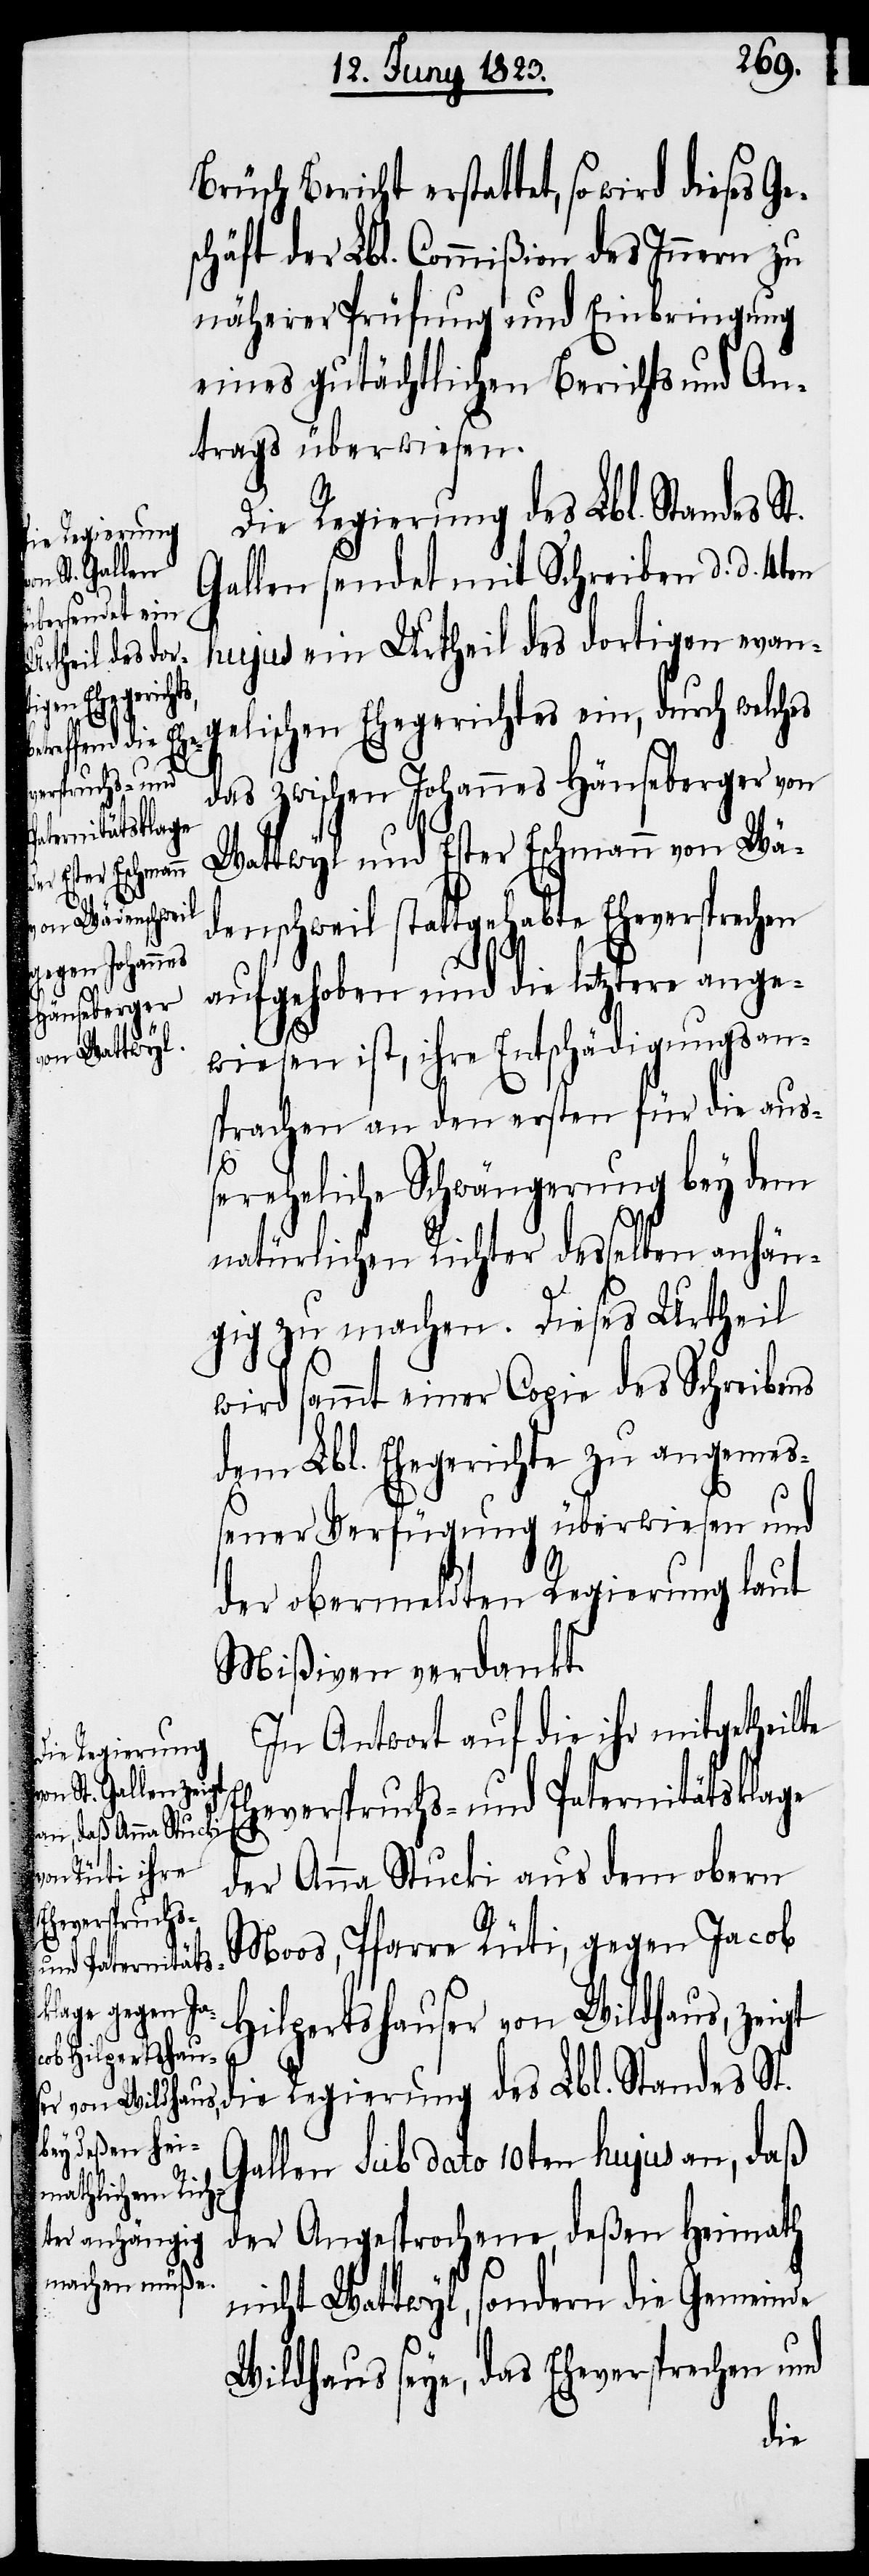
Bericht erstattet, so wird dieses Ge¬
schäft der Lbl. Commißion des Innern zu
näherer Prüfung und Einbringung
eines gutächtlichen Berichts und An¬
trags überwiesen.
Gallen sendet mit Schreiben d. d. 4ten
hujus ein Urtheil des dortigen evan¬
gelischen Ehegerichtes ein, durch welches
das zwischen Johannes Häuseberger von
Wattwyl und Ester Eschmann von Wä¬
denschweil stattgehabte Eheversprechen
aufgehoben und die letztere ange¬
wiesen ist, ihre Entschädigungsan¬
sprachen an den ersten für die auß¬
ereheliche Schwängerung bey dem
natürlichen Richter desselben anhän¬
gig zu machen. Dieses Urtheil
wird sammt einer Copie des Schreibens
dem Lbl. Ehegerichte zu angemeß¬
ener Verfügung überwiesen und
der obermeldten Regierung laut
Mißiven verdankt.
In Antwort auf die ihr mitgetheilte
Eheverspruchs- und Paternitätsklage
der Anna Stucki aus dem obern
Moos, Pfarre Rüti, gegen Jacob
Hilpertshauser von Wildhaus, zeigt
die Regierung des Lbl. Standes St.
Gallen sub dato 10ten hujus an, daß
der Angesprochene, deßen Heimath
nicht Wattwyl, sondern die Gemeinde
Wildhaus seye, das Eheversprechen und